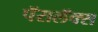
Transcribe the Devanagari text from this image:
पॅरालॅक्स